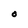
Character: O